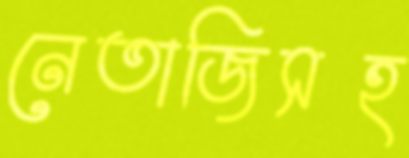
নেতাজিসহ